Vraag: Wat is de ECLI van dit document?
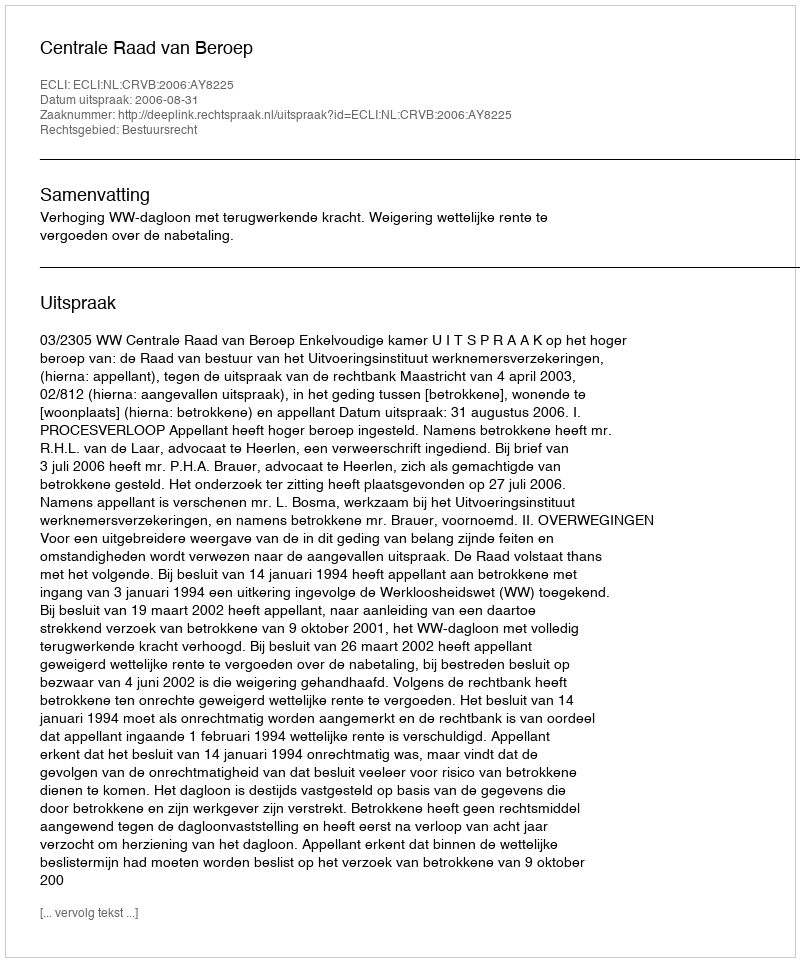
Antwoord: ECLI:NL:CRVB:2006:AY8225